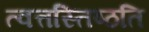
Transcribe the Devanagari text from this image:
त्वत्तस्तिष्ठति